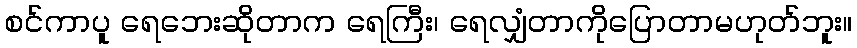
စင်ကာပူ ရေဘေးဆိုတာက ရေကြီး၊ ရေလျှံတာကိုပြောတာမဟုတ်ဘူး။